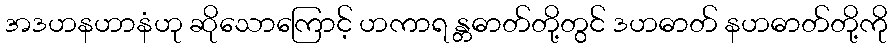
အဒဟနဟာနံဟု ဆိုသောကြောင့် ဟကာရ န္တဓာတ်တို့တွင် ဒဟဓာတ် နဟဓာတ်တို့ကို